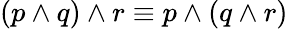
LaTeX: (p\wedge q)\wedge r\equiv p\wedge(q\wedge r)